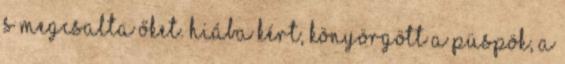
s megcsalta őket. Hiába kért, könyörgött a püspök, a